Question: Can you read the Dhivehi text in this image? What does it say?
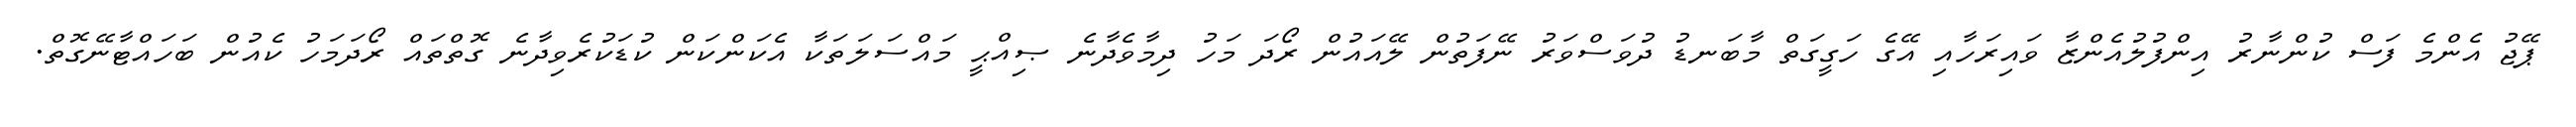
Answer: ޕޭޖު އެންމެ ފަސް ކުންނާރު އިންފުލުއެންޒާ ވައިރަހާއި އޭގެ ހަގީގަތް މާބަނޑު ދުވަސްވަރު ނޭފަތުން ލޭއައުން ރޯދަ މަހު ދިމާވެދާނެ ޞިއްޙީ މައްސަލަތަކާ އެކަންކަން ކުޑަކުރެވިދާނެ ގޮތްތައް ރޯދަމަހު ކެއުން ބަހައްޓާނޭގޮތް.